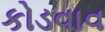
કોડવાવ